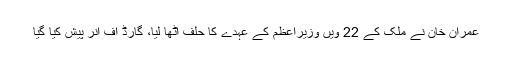
عمران خان نے ملک کے 22 ویں وزیراعظم کے عہدے کا حلف اٹھا لیا، گارڈ آف آنر پیش کیا گیا